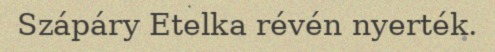
Szápáry Etelka révén nyerték.